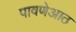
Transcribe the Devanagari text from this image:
पावणेआठ